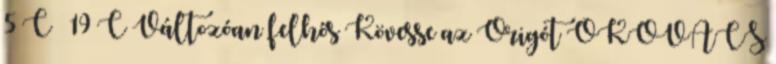
5°C 19°C Változóan felhős Kövesse az Origót ÓKOVÁCS